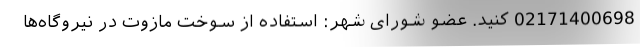
02171400698 کنید. عضو شورای شهر: استفاده از سوخت مازوت در نیروگاه‌ها